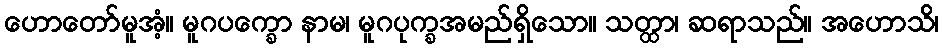
ဟောတော်မူအံ့။ မူဂပက္ခော နာမ၊ မူဂပုက္ခအမည်ရှိသော။ သတ္ထာ၊ ဆရာသည်။ အဟောသိ၊